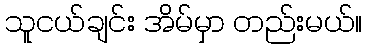
သူငယ်ချင်း အိမ်မှာ တည်းမယ်။